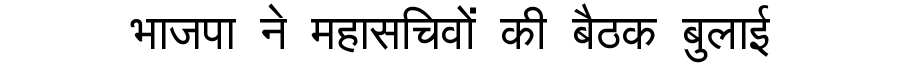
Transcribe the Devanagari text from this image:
भाजपा ने महासचिवों की बैठक बुलाई